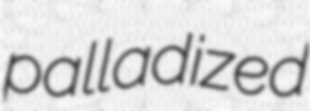
palladized